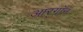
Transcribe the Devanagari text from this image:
आर्‌गॉन